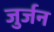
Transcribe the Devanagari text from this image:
जुर्जन